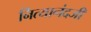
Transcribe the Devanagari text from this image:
नित्यानंदजी